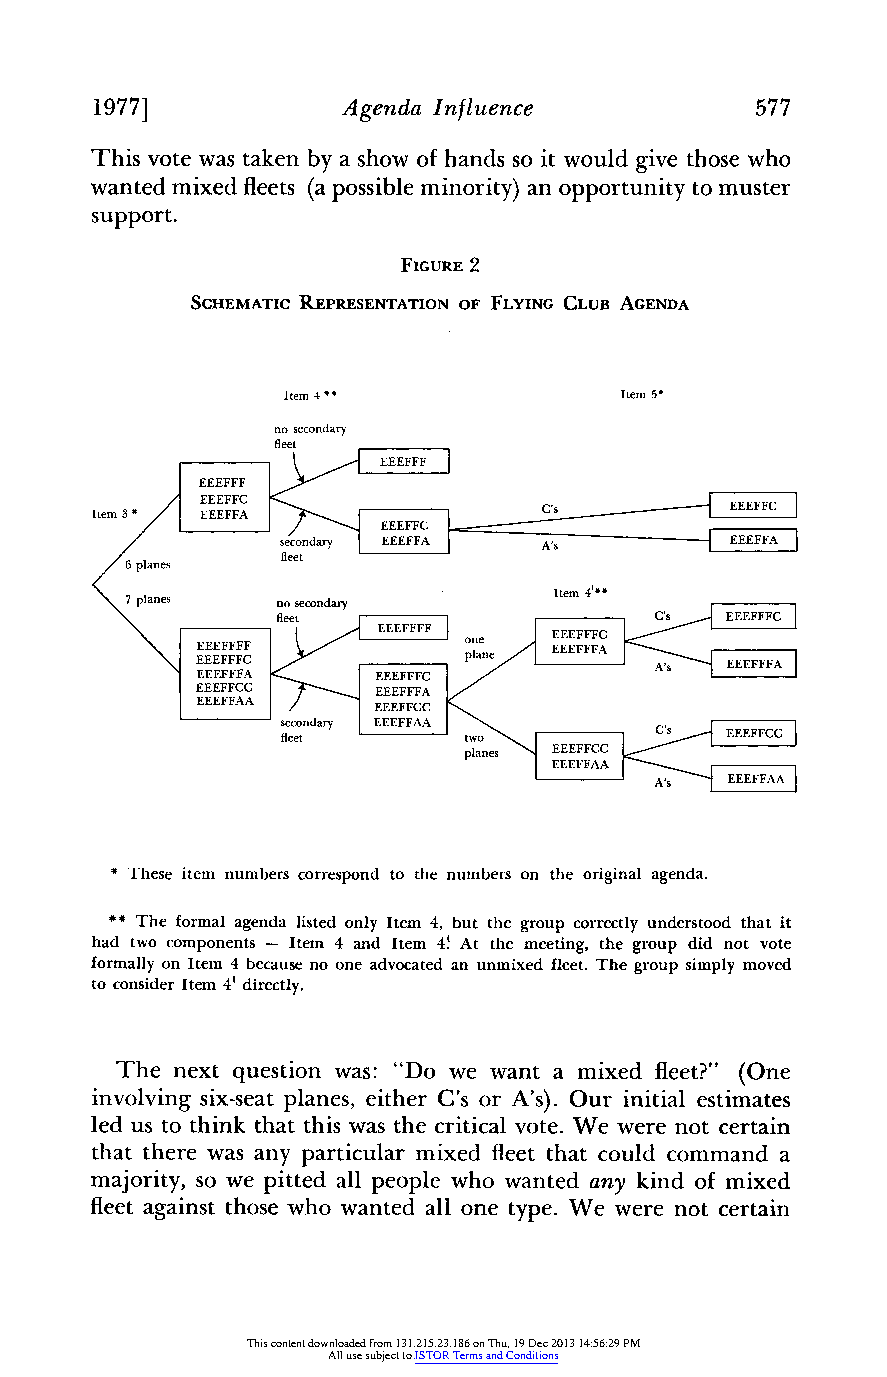
1977]            Agenda Influence           577
 This vote was taken by a show of hands so it would give those who
 wanted mixed fleets (a possible minority)a n opportunityt o muster
 support.
 FIGURE 2
 SCHEMATIC REPRESENTATION OF FLYING CLUB AGENDA
 Item 4 *              Item 5*
 no secondary
 fleet
 EEEFFF _
 Item3         cor n tot he n
 /* The formal aenda listedonsecondIeamry 4 t g crtu sod A
 ane      ee        fleet
 to i vc 7o ns pi ld ae nr e s direct nly o . s econdary eI tem 4' C
 that\there was any prcamx fleet that could C'sommand
 , so we ppC  pp al  one                d
 f     EEEFFFA     EEEFFFCa
 EEEFFCC     EEEFFFA/
 EEEFFAA   _EEEFFCC
 s fe lc eon ed ta ry IEEEFFAA tWC'\E F\
 7E5_
 planes EEEFFCC c
 EEEFFAA
 A'FA
 These item numbers correspond to the numbers on the original agenda.
 ##The formala genda listedo nly Item 4, but the groupc orrectlyun derstoodt hat it
 had two components - Item 4 and Item 4! At the meeting, the group did not vote
 formallyo n Item 4 because no one advocated an unmixed fleet. The group simply moved
 to consider Item 4' directly.
 The next question was: "Do we want a mixed fleet?"P(O ne
 involvings ix-seatp lanes,e itherC 's or A's). Our initial estimates
 led us to thinkt hatt hisw as the criticalv ote.W e weren ot certain
 thatt herew as any particularm ixed fleett hat could commanda
 majoritys, o we pitteda ll people who wanteda ny kind of mixed
 fleeta gainstt hosew ho wanteda ll one type.W e were not certain
 This content downloaded from 131.215.23.186 on Thu, 19 Dec 2013 14:56:29 PM
 All use subject to JSTOR Terms and Conditions